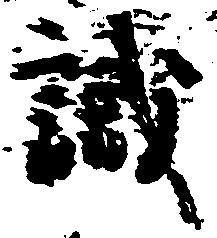
識